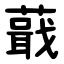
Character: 蕺